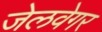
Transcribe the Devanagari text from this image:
जेलवेगर